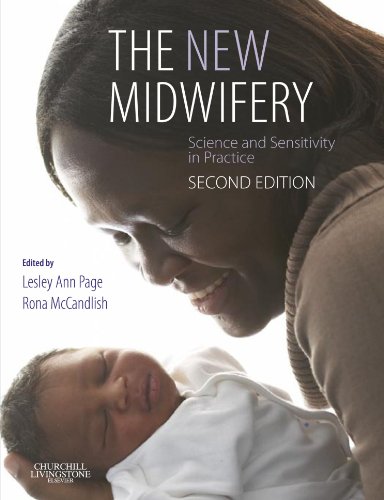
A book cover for The New Midwifery: Science and Sensitivity in Practice, 2e; Lesley Ann Page BA  MSc  PhD  RM  RN; Medical Books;